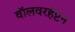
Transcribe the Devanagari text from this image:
वॉलवरहॅप्टन